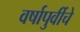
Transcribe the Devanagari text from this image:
वर्षापुर्वीचे